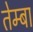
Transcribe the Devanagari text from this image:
तेम्बा